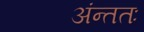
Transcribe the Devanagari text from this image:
अंन्ततः